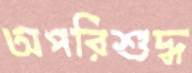
অপরিশুদ্ধ